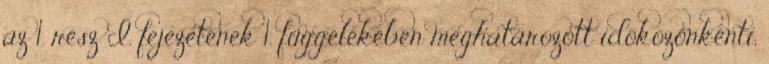
az 1. rész I. fejezetének 1. függelékében meghatározott idõközönkénti,